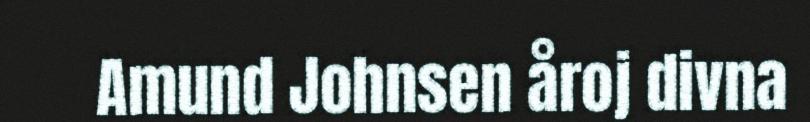
Amund Johnsen åroj divna